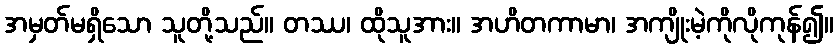
အမှတ်မရှိသော သူတို့သည်။ တဿ၊ ထိုသူအား။ အဟိတကာမာ၊ အကျိုးမဲ့ကိုလိုကုန်၍။